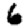
Digit: 6